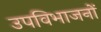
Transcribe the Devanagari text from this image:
उपविभाजनों